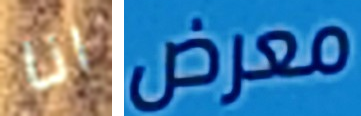
انا معرض